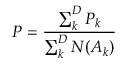
P = \frac { \sum _ { k } ^ { D } P _ { k } } { \sum _ { k } ^ { D } N ( A _ { k } ) }